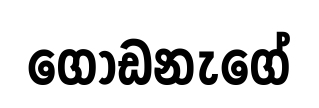
ගොඩනැගේ